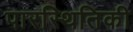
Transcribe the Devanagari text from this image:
पारस्थितिकी